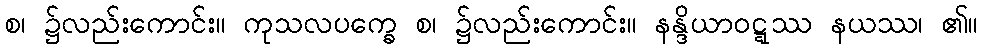
စ၊ ၌လည်းကောင်း။ ကုသလပက္ခေ စ၊ ၌လည်းကောင်း။ နန္ဒိယာဝဋ္ဋဿ နယဿ၊ ၏။